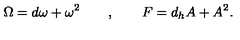
\Omega = d \omega + \omega ^ { 2 } \quad \quad , \quad \quad F = d _ { h } A + A ^ { 2 } .